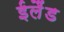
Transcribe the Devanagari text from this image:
ईलैंड